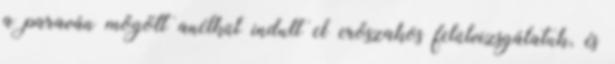
a paraván mögött anélkül indult el erőszakos felülvizsgálatuk, és